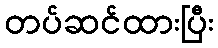
တပ်ဆင်ထားပြီး